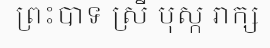
ព្រះបាទ ស្រី បុស្ក រាក្ស